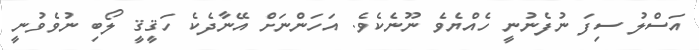
އަސްލު ސިފަ ނުފެނުނީ ހެއްޔެވެ ނޫނެކެވެ. އަހަންނަށް އޭނާދެކެ ހަޤީޤީ ލޯބި ނުވެވުނީ